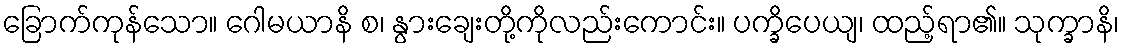
ခြောက်ကုန်သော။ ဂေါမယာနိ စ၊ နွားချေးတို့ကိုလည်းကောင်း။ ပက္ခိပေယျ၊ ထည့်ရာ၏။ သုက္ခာနိ၊